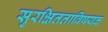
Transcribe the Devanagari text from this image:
सुरक्षितताविषयक